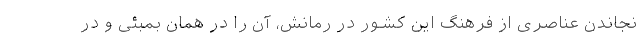
نجاندن عناصری از فرهنگ این کشور در رمانش، آن را در همان بمبئی و در